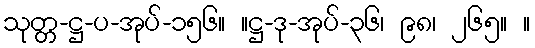
သုတ္တ-ဋ္ဌ-ပ-အုပ်-၁၅၆။ ။ဋ္ဌ-ဒု-အုပ်-၃၆၊ ၉၈၊ ၂၆၅။ ။